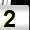
Digit: 2